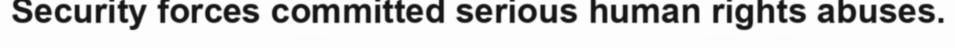
Security forces committed serious human rights abuses.